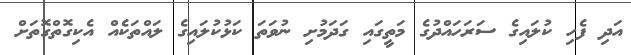
އަދި ފެހި ކުލައިގެ ސަރަހައްދުގެ މަތީގައި ގަދަމުށި ނުވަތަ ކަޅުކުލައިގެ ލައްތަކެއް އެކިގޮތްގޮތަށް